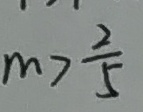
m > \frac { 2 } { 5 }